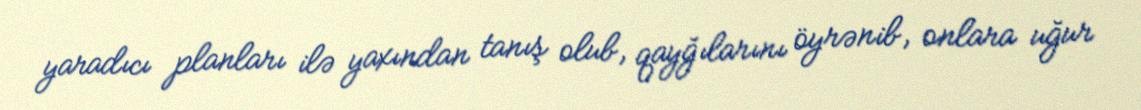
yaradıcı planları ilə yaxından tanış olub, qayğılarını öyrənib, onlara uğur